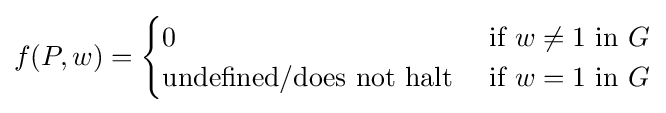
f(P,w)={\begin{cases}0&{\text{if}}\ w\neq 1\ {\text{in}}\ G\\{\text{undefined/does not halt}}\ &{\text{if}}\ w=1\ {\text{in}}\ G\end{cases}}